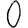
Digit: 0